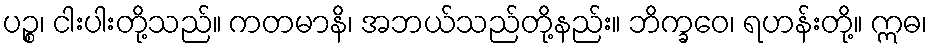
ပဉ္စ၊ ငါးပါးတို့သည်။ ကတမာနိ၊ အဘယ်သည်တို့နည်း။ ဘိက္ခဝေ၊ ရဟန်းတို့။ ဣဓ၊